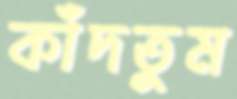
কাঁদতুম